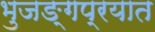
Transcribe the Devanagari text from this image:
भुजङ्गप्रयात